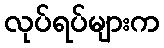
လုပ်ရပ်များက